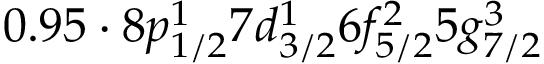
0 . 9 5 \cdot 8 p _ { 1 / 2 } ^ { 1 } 7 d _ { 3 / 2 } ^ { 1 } 6 f _ { 5 / 2 } ^ { 2 } 5 g _ { 7 / 2 } ^ { 3 }